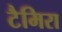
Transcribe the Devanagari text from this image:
टैमिरा